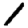
Digit: 1